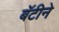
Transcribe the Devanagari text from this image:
बॅटीने